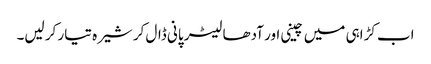
اب کڑاہی میں چینی اور آدھا لیٹر پانی ڈال کر شیرہ تیار کر لیں۔